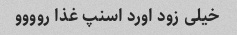
خیلی زود اورد اسنپ غذا روووو